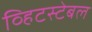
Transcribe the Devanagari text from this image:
व्हिटस्टेबल